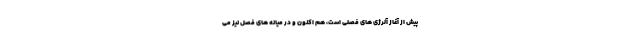
پیش از آغاز آلرژی های فصلی است، هم اکنون و در میانه های فصل نیز می